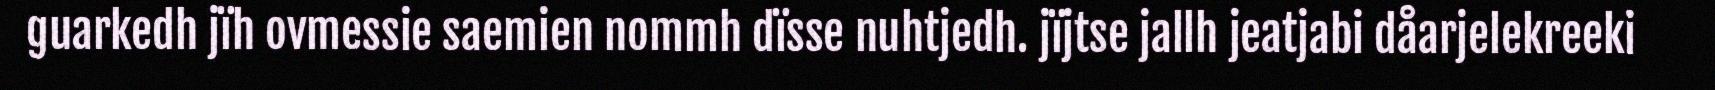
guarkedh jïh ovmessie saemien nommh dïsse nuhtjedh. jïjtse jallh jeatjabi dåarjelekreeki